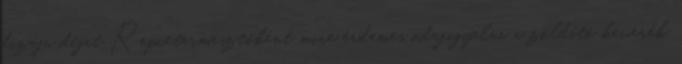
dizájn díjat Repcetermesztőként mire érdemes odafigyelni a zöldítő keverék